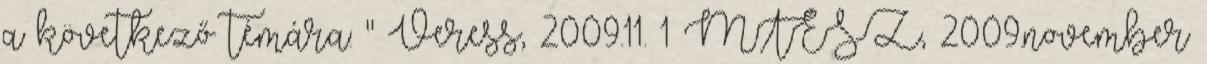
a következő témára: " Veress, 2009.11. 1 MTESZ, 2009.november